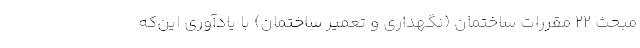
مبحث 22 مقررات ساختمان (نگهداری و تعمیر ساختمان) با یادآوری این‌که